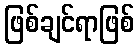
ဖြစ်ချင်ရာဖြစ်